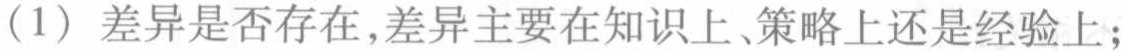
（1）差异是否存在,差异主要在知识上、策略上还是经验上；